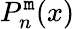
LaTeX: P_{n}^{\mathtt{m}}(x)